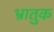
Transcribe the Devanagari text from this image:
भ्रातुक